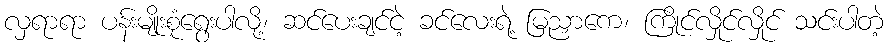
လှရာရာ ပန်းမျိုးစုံရွေးပါလို့၊ ဆင်ပေးချင်ငဲ့ ခင်လေးရဲ့ မြညှာကေ၊ ကြိုင်လှိုင်လှိုင် သင်းပါတဲ့